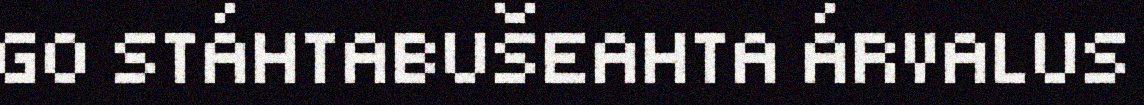
GO STÁHTABUŠEAHTA ÁRVALUS